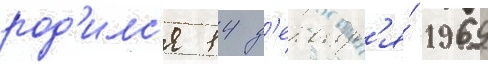
род'илс'я 14 д'екабр'я́ 1969